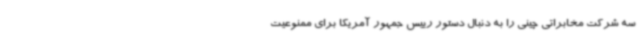
سه شرکت مخابراتی چینی را به دنبال دستور رییس جمهور آمریکا برای ممنوعیت